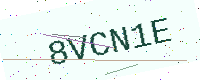
Text: 8VCN1E